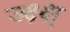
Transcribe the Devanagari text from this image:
ज्क्ष्क्ष्